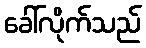
ခေါ်လိုက်သည်